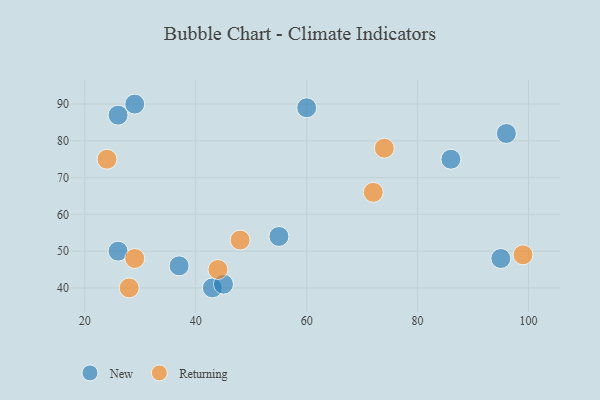
{"axis": {"x": "GDP", "y": "Life Expectancy"}, "legend": ["New", "Returning"], "data": [{"x": "95", "y": 48, "type": "New"}, {"x": "55", "y": 54, "type": "New"}, {"x": "43", "y": 40, "type": "New"}, {"x": "86", "y": 75, "type": "New"}, {"x": "45", "y": 41, "type": "New"}, {"x": "96", "y": 82, "type": "New"}, {"x": "37", "y": 46, "type": "New"}, {"x": "26", "y": 87, "type": "New"}, {"x": "29", "y": 90, "type": "New"}, {"x": "26", "y": 50, "type": "New"}, {"x": "60", "y": 89, "type": "New"}, {"x": "29", "y": 48, "type": "Returning"}, {"x": "74", "y": 78, "type": "Returning"}, {"x": "48", "y": 53, "type": "Returning"}, {"x": "44", "y": 45, "type": "Returning"}, {"x": "24", "y": 75, "type": "Returning"}, {"x": "72", "y": 66, "type": "Returning"}, {"x": "99", "y": 49, "type": "Returning"}, {"x": "28", "y": 40, "type": "Returning"}]}